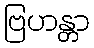
ဗြဟန္တာ